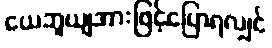
ယေဘူယျအားဖြင့်ပြောရလျှင်